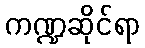
ကဏ္ဍဆိုင်ရာ